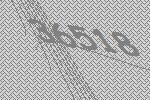
36518